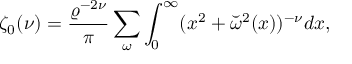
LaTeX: \zeta _ { 0 } ( \nu ) = { \frac { \varrho ^ { - 2 \nu } } { \pi } } \sum _ { \omega } \int _ { 0 } ^ { \infty } ( x ^ { 2 } + \breve { \omega } ^ { 2 } ( x ) ) ^ { - \nu } d x ,